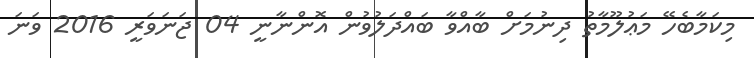
މިކަމާބެހޭ މަޢުލޫމާތު ދިނުމަށް ބާއްވާ ބައްދަލުވުން އޮންނާނީ 04 ޖަނަވަރީ 2016 ވަނަ